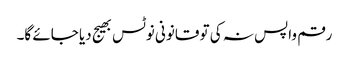
رقم واپس نہ کی تو قانونی نوٹس بھیج دیا جائے گا۔